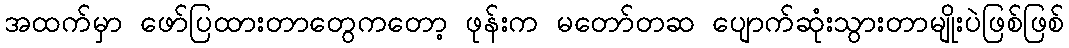
အထက်မှာ ဖော်ပြထားတာတွေကတော့ ဖုန်းက မတော်တဆ ပျောက်ဆုံးသွားတာမျိုးပဲဖြစ်ဖြစ်